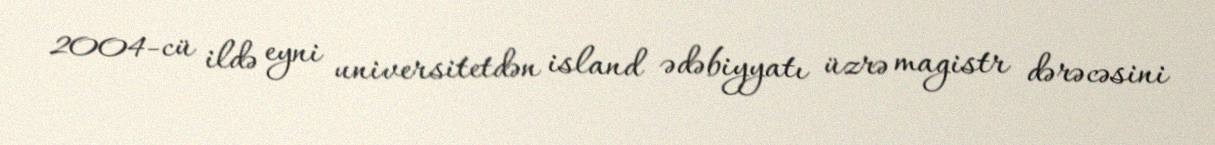
2004-cü ildə eyni universitetdən island ədəbiyyatı üzrə magistr dərəcəsini